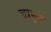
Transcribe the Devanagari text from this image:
चत्रभुज